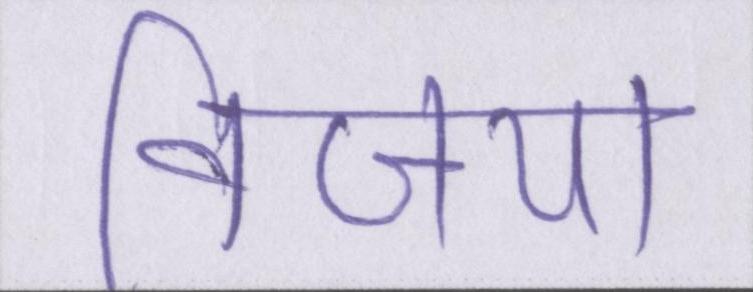
विजया